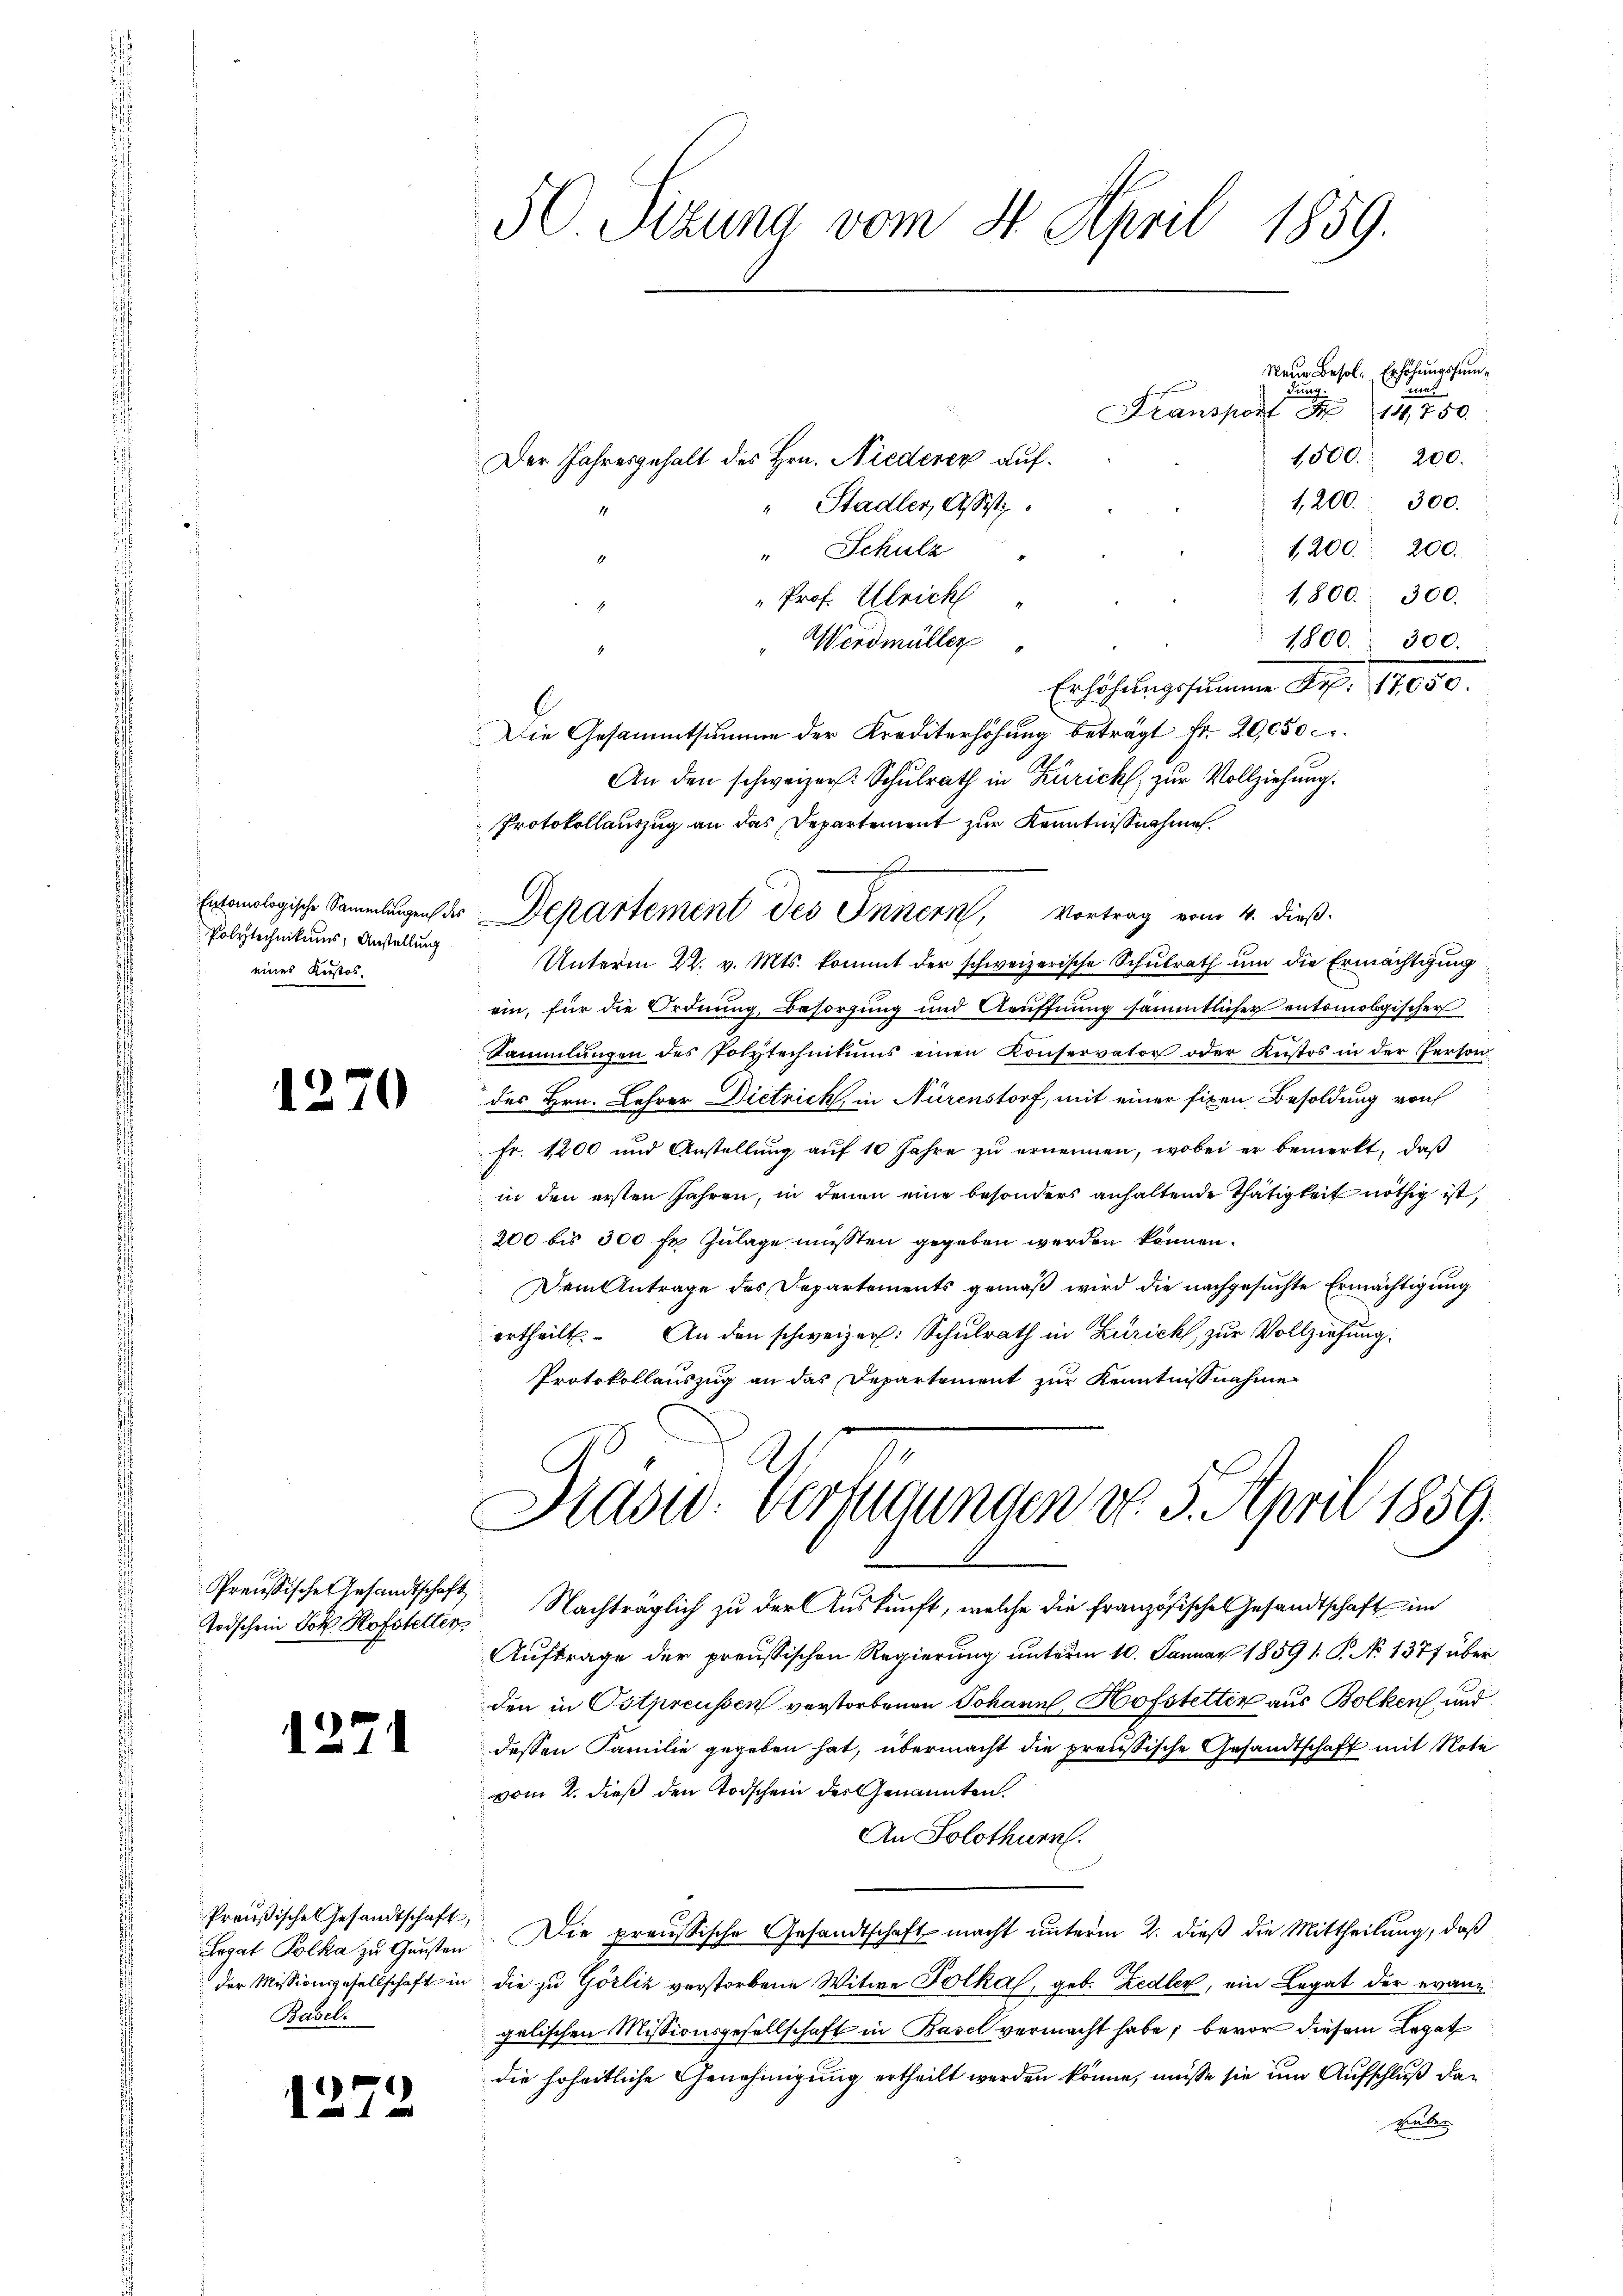
Polytechnikums, Anstellung
eines Kustos-

1270

Preußische Gesandtschaft
Todschein Joh. Hofstelter

1271

Preußisches Gesandtschaft,
Legat Polka zu Gunsten
der Missionsgesellschaft in
Basel.

.
112

Transport N 14,750.
1500. 200.
Der Jahresgehalt des Hrn. Niederer auf¬
1,200. 300.
"Stadler, Assist
1200. 200.
" Schulz
1800. 300.
" Prof. Ulrich
Werdmüller
1800. 300.
Erhöhungssumme S. 17850.
Die Gesammtsumme der Krediterhöhung beträgt Fr. 20,050
An den schweizer: Schulrath in Zürich, zur Vollziehung.
Protokollauszug an das Departement zur Kenntnißnahme
Enologische Sammlungen der Departement des Innern, Vortrag vom 4. dieß.
Unterm 22. v. Mts. kommt der schweizerische Schulrath um die Ermächtigung
ein, für die Ordnung, Besorgung und Aeuffnung sämmtlicher entomobgischer
Sammlungen des Polytechnikums einen Konservator oder Kustos in der Person
des Hrn. Lehrer Dietrick, in Nürenstorf, mit einer fixen Besoldung von
Fr. 1200 und Anstellung auf 10 Jahre zu ernennen, wobei er bemerkt, daß
in den ersten Jahren, in denen eine besonders anhaltende Thätigkeit nöthig ist,
200 bis 300 fr. Zulage müssten gegeben werden können.
Dem Antrage des Departements gemäß wird die nachgesuchte Ermächtigung
An den schweizer: Schulrath in Zürich, zur Vollziehung.
ertheilt.
Protokollauszug an das Departement zur Kenntnisnahme

50 Sizung vom 21. April 1859.

4

Neue Besol- Erhöhungssumnet
dung

Präsid. Verfügungen d. 3. April 1859.

Nachträglich zu der Auskunft, welche die Französisches Gesandtschaft im
Auftrage der preussischen Regierung unterm 10. Januar 1859 1: P. No 1377 über
den in Ostpreussen verstorbenen Johann, Hofstetter aus Bolken und
dessen Familie gegeben hat, übermacht die preußische Gesandtschaft mit Note
vom 2. dieß den Todschein des Genannten.
An Solothurn.
Die preussische Gesandtschaft macht unterm 2. dieß die Mittheilung, daß
die zu Görliz verstorbene Witwe Polkas, geb. Zedler, ein Legat der evanngelischen Missionsgesellschaft in Basel vermacht habe; bevor diesem Legat
die hoheitliche Genehmigung ertheilt werden könne, müsse sie um Aufschluß darüber